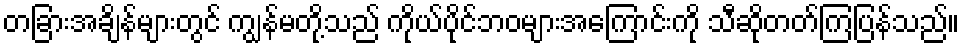
တခြားအချိန်များတွင် ကျွန်မတို့သည် ကိုယ်ပိုင်ဘဝများအကြောင်းကို သီဆိုတတ်ကြပြန်သည်။